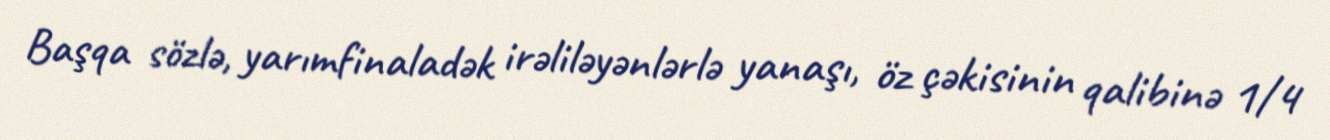
Başqa sözlə, yarımfinaladək irəliləyənlərlə yanaşı, öz çəkisinin qalibinə 1/4